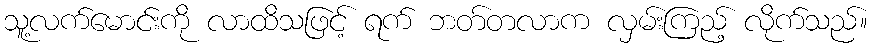
သူ့လက်မောင်းကို လာထိသဖြင့် ရက် ဘတ်တလာက လှမ်းကြည့် လိုက်သည်။